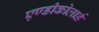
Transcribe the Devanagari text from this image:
एण्डीकोलार्ड